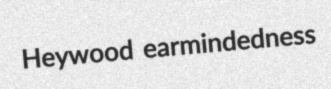
Heywood earmindedness